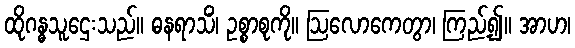
ထိုဂန္ဓသူဌေးသည်။ ဓနရာသိံ၊ ဥစ္စာစုကို။ ဩလောကေတွာ၊ ကြည့်၍။ အာဟ၊